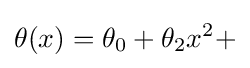
\theta (x)=\theta _{0}+\theta _{2}x^{2}+